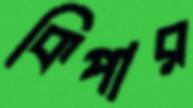
কিপার